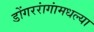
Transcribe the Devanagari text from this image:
डोंगररांगांमधल्या